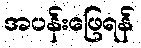
အပန်းဖြေရန်